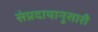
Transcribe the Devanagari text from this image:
संप्रदायानूसारी